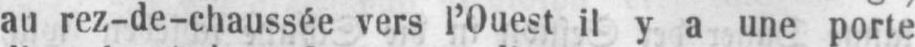
au rez-de-chaussée vers l’Ouest il y a une porte